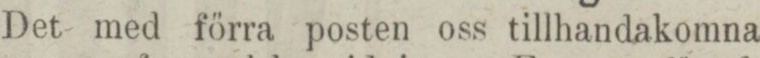
Det med förra posten oss tillhandakomna